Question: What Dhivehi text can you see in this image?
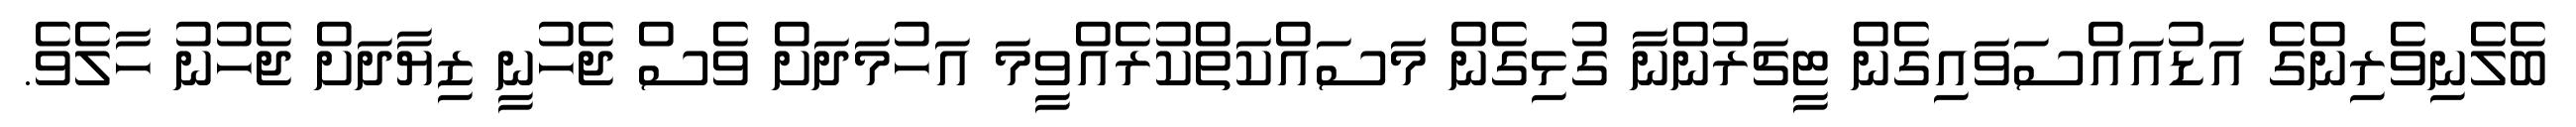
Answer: ބެލެނިވެރިންގެ އަޑުއައްސަވައިގެން ޓީޗަރުންނާ ގުޅިގެން މަސައްކަތްކުރެއްވީމަ އަހުމަދަށް ވެސް ޖެހުނީ ޒިޔާދަށް ޖެހުނު ހާލެވެ.